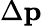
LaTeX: \Delta{\mathbf p}